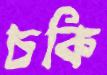
চকি